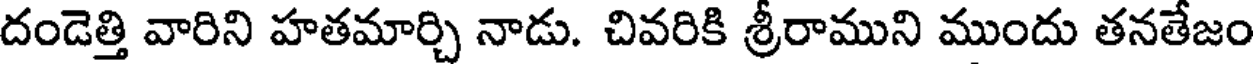
దండెత్తి వారిని హతమార్చి నాడు. చివరికి శ్రీరాముని ముందు తనతేజం